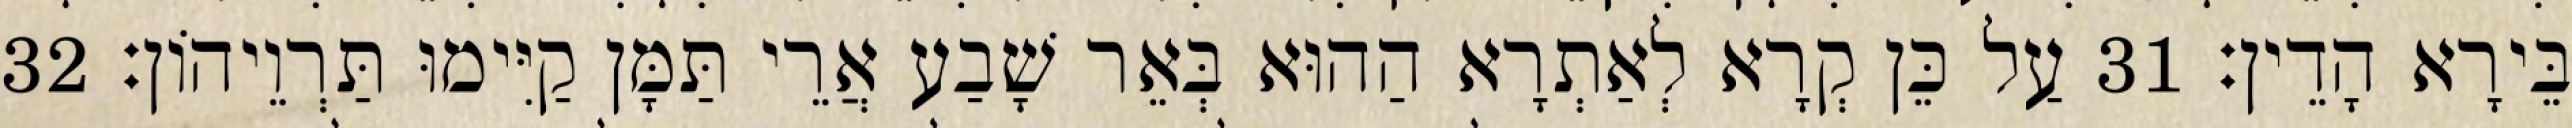
בֵּירָא הָדֵין׃ 31 עַל כֵּן קְרָא לְאַתְרָא הַהוּא בְּאֵר שָׁבַע אֲרֵי תַּמָּן קַיִּימוּ תַּרְוֵיהוֹן׃ 32